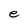
Character: e